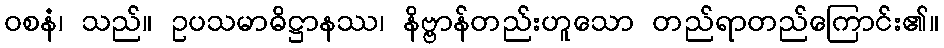
ဝစနံ၊ သည်။ ဥပသမာဓိဋ္ဌာနဿ၊ နိဗ္ဗာန်တည်းဟူသော တည်ရာတည်ကြောင်း၏။